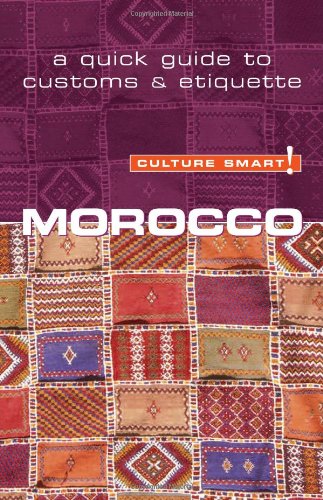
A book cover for Morocco - Culture Smart!: the essential guide to customs & culture; Jillian York; Travel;